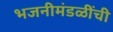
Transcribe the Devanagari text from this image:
भजनीमंडळींची